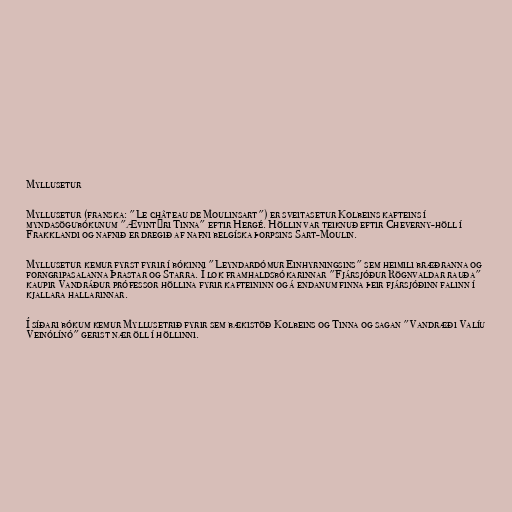
Myllusetur

Myllusetur (franska: "Le château de Moulinsart") er sveitasetur Kolbeins kafteins í
myndasögubókunum "Ævintýri Tinna" eftir Hergé. Höllin var teiknuð eftir Cheverny-höll í
Frakklandi og nafnið er dregið af nafni belgíska þorpsins Sart-Moulin.

Myllusetur kemur fyrst fyrir í bókinni "Leyndardómur Einhyrningsins" sem heimili bræðranna og
forngripasalanna Þrastar og Starra. Í lok framhaldsbókarinnar "Fjársjóður Rögnvaldar rauða"
kaupir Vandráður prófessor höllina fyrir kafteininn og á endanum finna þeir fjársjóðinn falinn í
kjallara hallarinnar.

Í síðari bókum kemur Myllusetrið fyrir sem bækistöð Kolbeins og Tinna og sagan "Vandræði Valíu
Veinólínó" gerist nær öll í höllinni.